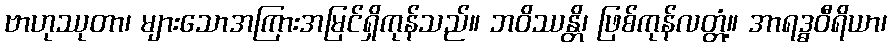
ဗာဟုဿုတာ၊ များသောအကြားအမြင်ရှိကုန်သည်။ ဘဝိဿန္တိ၊ ဖြစ်ကုန်လတ္တံ့။ အာရဒ္ဓဝီရိယာ၊